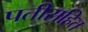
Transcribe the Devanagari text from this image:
पतीसहित